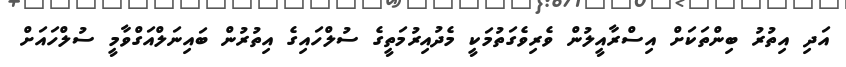
އަދި އިތުރު ބިންތަކަށް އިސްރާއީލުން ވެރިވެގަތުމަކީ މެދުއިރުމަތީގެ ސުލްހައިގެ އިތުރުން ބައިނަލްއަގްވާމީ ސުލްހައަށް